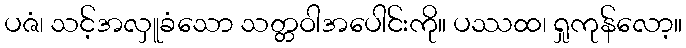
ပဇံ၊ သင့်အလှူခံသော သတ္တဝါအပေါင်းကို။ ပဿထ၊ ရှုကုန်လော့။